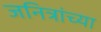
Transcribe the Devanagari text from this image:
जनित्रांच्या